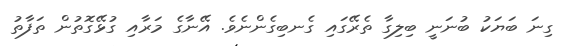
ގިނަ ބަޔަކު ބުނަނީ ބިލިގާ ތެރޭގައި ގެނބިގެންނެވެ. އޭނާގެ މަރާއި ގުޅޭގޮތުން ތަފާތު